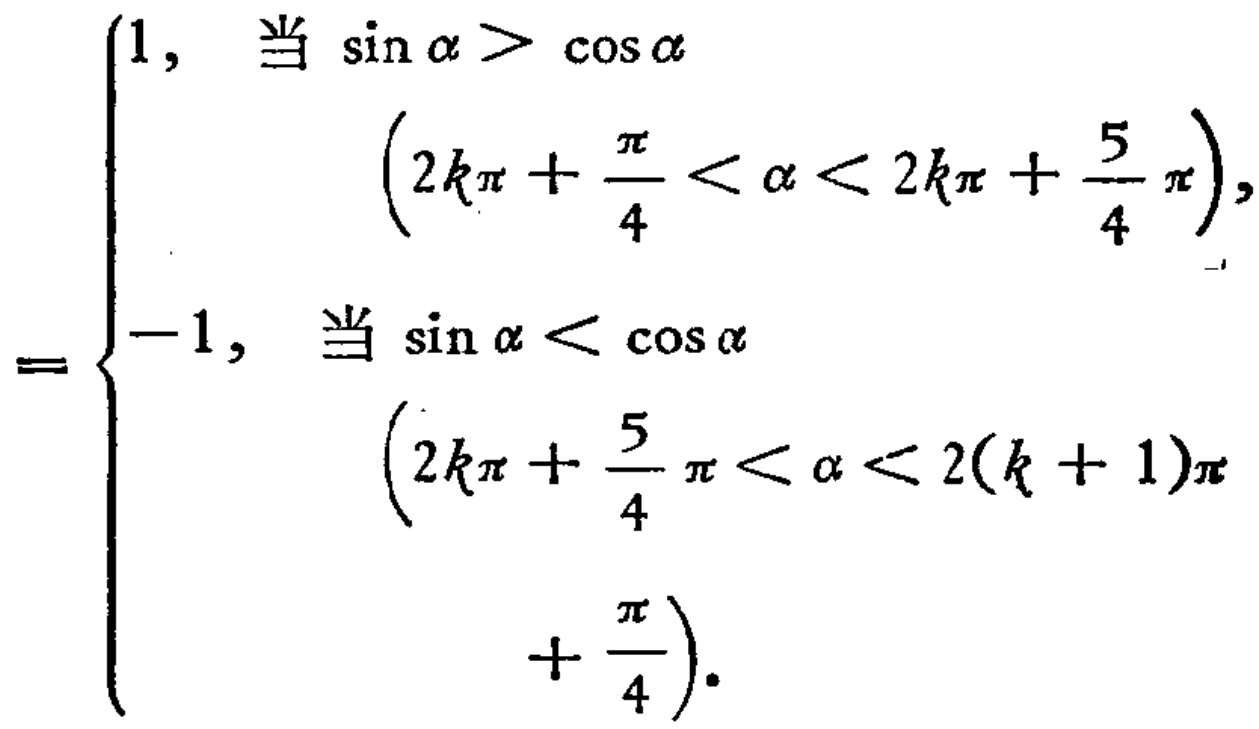
\[

=

\begin{cases}

1, &\text{当 }\sin\alpha > \cos\alpha \\

& \left(2k\pi+\frac{\pi}{4}<\alpha<2k\pi+\frac{5}{4}\pi\right),\\

-1, &\text{当 }\sin\alpha < \cos\alpha \\

& \left(2k\pi+\frac{5}{4}\pi<\alpha<2(k + 1)\pi+\frac{\pi}{4}\right).

\end{cases}

\]